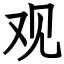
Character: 观